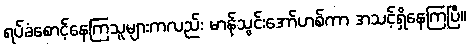
ရပ်ခံစောင့်နေကြသူများကလည်း မာန်သွင်းအော်ဟစ်ကာ အသင့်ရှိနေကြပြီ။